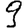
Digit: 9